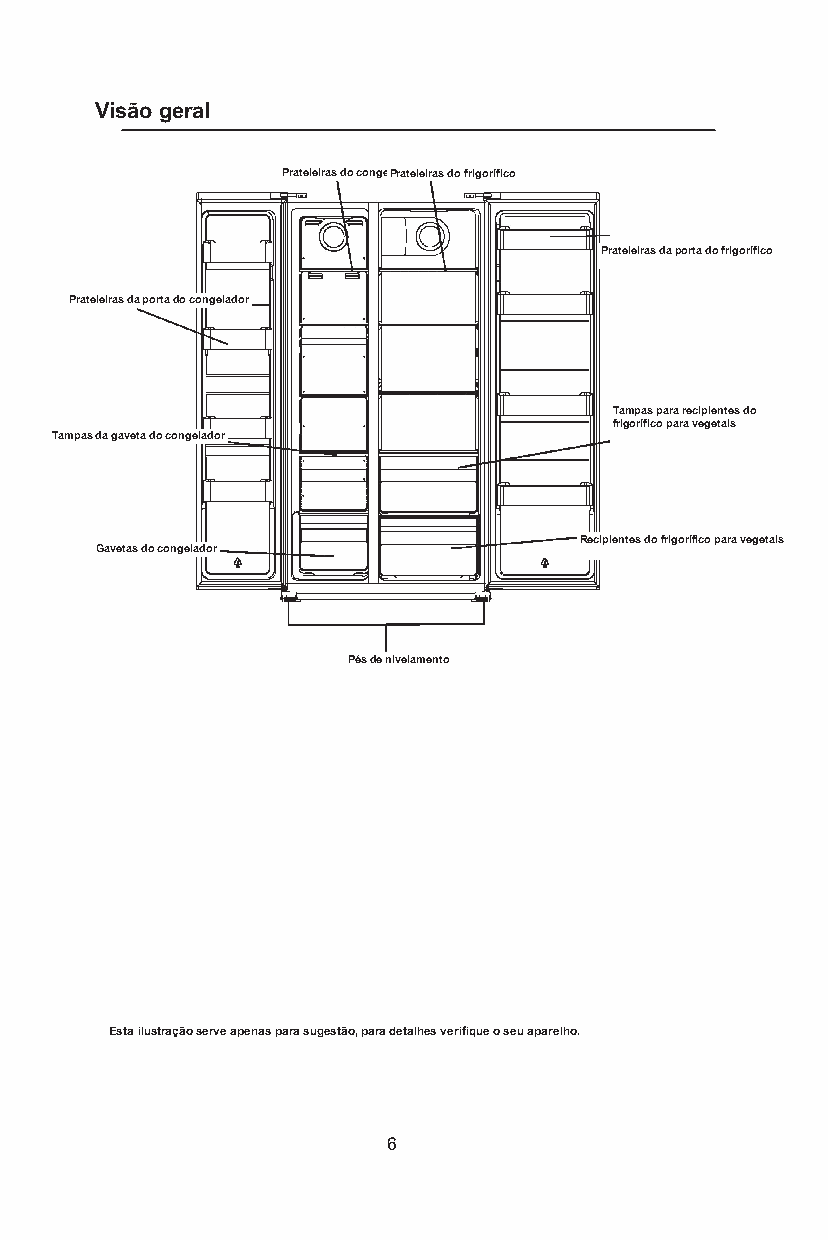
Visão geral
 Prateleiras do congelPardaoter leiras do frigorífico
 Prateleiras da porta do frigorífico
 Prateleiras da porta do congelador
 Tampas para recipientes do
 frigorífico para vegetais
 Tampas da gaveta do congelador
 Gavetas do congelador
 Recipientes do frigorífico para vegetais
 Pés de nivelamento
 Esta ilustração serve apenas para sugestão, para detalhes verifique o seu aparelho.
 6